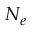
N _ { e }